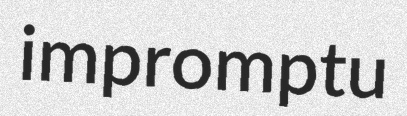
impromptu